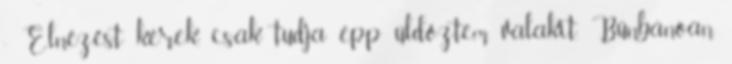
- Elnézést kérek, csak tudja épp üldöztem valakit. Bűnbánóan